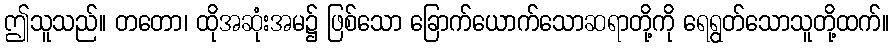
ဤသူသည်။ တတော၊ ထိုအဆုံးအမ၌ ဖြစ်သော ခြောက်ယောက်သောဆရာတို့ကို ရေရွတ်သောသူတို့ထက်။